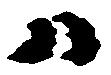
ハ